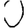
Digit: 0